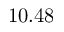
1 0 . 4 8